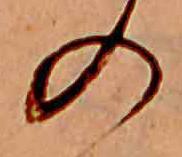
の